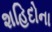
શહિદોના